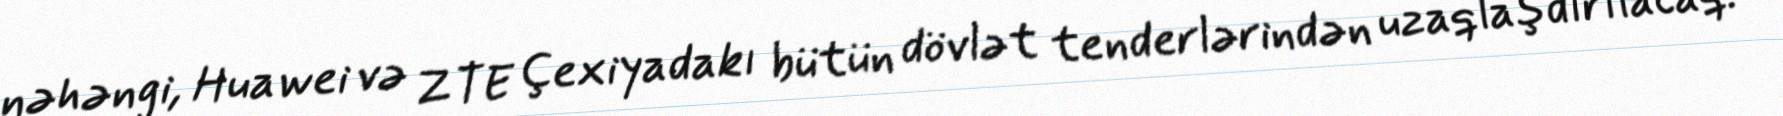
nəhəngi, Huawei və ZTE Çexiyadakı bütün dövlət tenderlərindən uzaqlaşdırılacaq.